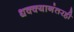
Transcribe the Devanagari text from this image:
धक्क्यानंतरही